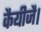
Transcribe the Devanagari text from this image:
कैयीजै।